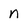
Character: n